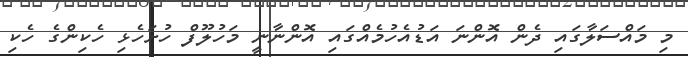
މި މައްސަލާގައި ދެން އޮންނަ އަޑުއެހުމެއްގައި އޮންނާނީ މަހުލޫފް ހުށަހެޅި ހެކިންގެ ހެކި